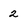
Character: 2